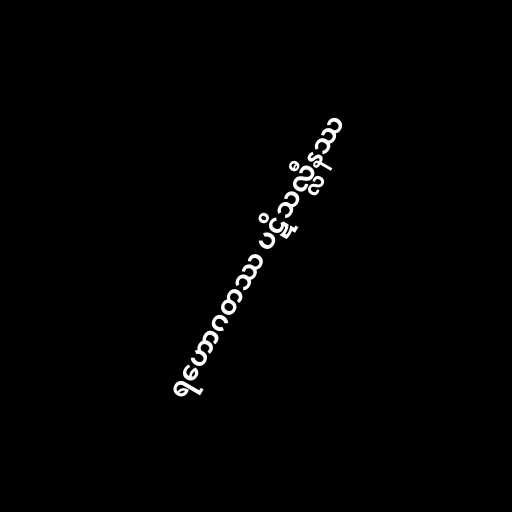
ရဟောဂတဿ ပဋိသလ္လီနဿ